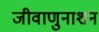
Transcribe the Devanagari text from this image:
जीवाणुनाशन